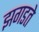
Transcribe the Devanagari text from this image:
झगडते